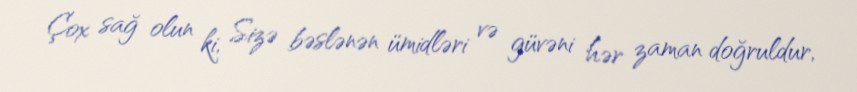
Çox sağ olun ki, Sizə bəslənən ümidləri və güvəni hər zaman doğruldur,